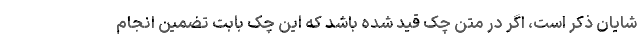
شایان ذکر است، اگر در متن چک قید شده باشد که این چک بابت تضمین انجام